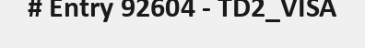
# Entry 92604 - TD2_VISA